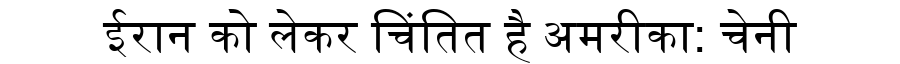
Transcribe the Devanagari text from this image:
ईरान को लेकर चिंतित है अमरीका: चेनी